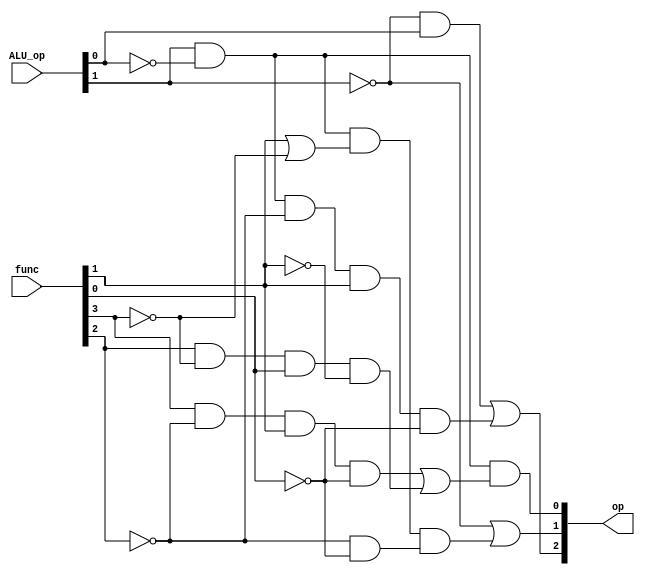
`timescale 1ns / 1ps
module ALU_control(
input [1:0]ALU_op,
input [5:0]func,
output [2:0]op
);

assign op[0]=(ALU_op[1]&(~ALU_op[0])&((func[3]&(~func[2])&func[1]&(~func[0]))|(func[2]&(~func[3])&func[0]&(~func[1]))));
assign op[1]=(~ALU_op[1])|((ALU_op[1]&(~ALU_op[0]))&(func[1]|(~func[3]))&((~func[2])&(~func[0])));
assign op[2]=((~ALU_op[1])&ALU_op[0])|((~ALU_op[0])&ALU_op[1]&(~func[2])&func[1]&(~func[0]));
endmodule